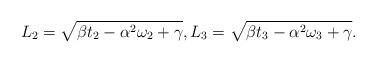
LaTeX: \begin{align*} {L}_2=\sqrt{\beta t_2-\alpha^2\omega_2+\gamma},{L}_3=\sqrt{\beta t_3-\alpha^2\omega_3+\gamma}.\end{align*}